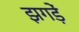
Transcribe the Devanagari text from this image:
झगड़ें